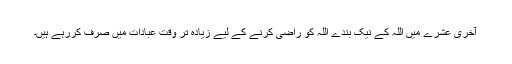
آخری عشرے میں اللہ کے نیک بندے اللہ کو راضی کرنے کے لیے زیادہ تر وقت عبادات میں صرف کررہے ہیں۔